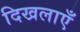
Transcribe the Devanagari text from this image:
दिखलाएँ